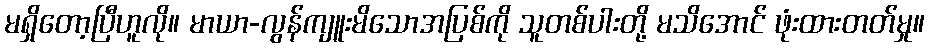
မရှိတော့ပြီဟူလို။ မာယာ-လွန်ကျူးမိသောအပြစ်ကို သူတစ်ပါးတို့ မသိအောင် ဖုံးထားတတ်မှု။